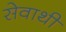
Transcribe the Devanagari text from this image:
सेवाथीं